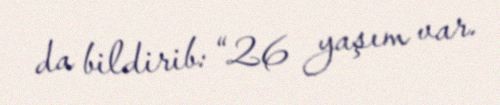
da bildirib: “26 yaşım var.